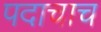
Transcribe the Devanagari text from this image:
पदाचाच